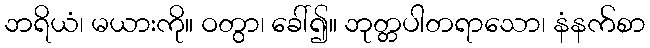
ဘရိယံ၊ မယားကို။ ဝတွာ၊ ခေါ်၍။ ဘုတ္တပါတရာသော၊ နံနက်စာ